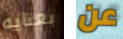
بعنايه عن